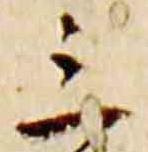
三